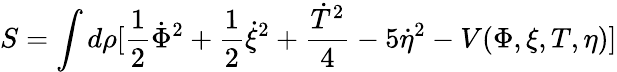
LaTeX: S=\int d\rho[\frac{1}{2}\dot{\Phi}^{2}+\frac{1}{2}\dot{\xi}^{2}+\frac{\dot{T}^{2}}{4}-5\dot{\eta}^{2}-V(\Phi,\xi,T,\eta)]